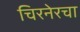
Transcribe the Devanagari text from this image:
चिरनेरचा